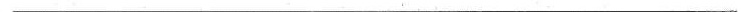
___